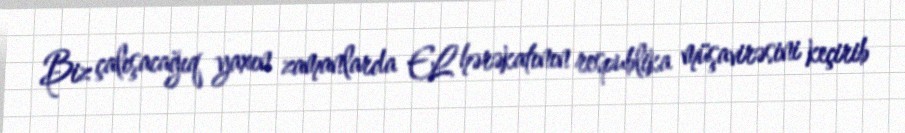
Biz çalışacağıq yaxın zamanlarda EL hərəkatının respublika müşavirəsini keçirib